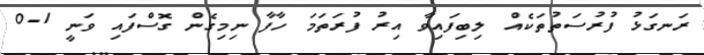
ރަނގަޅު ފުރުސަތުތަކެއް ލިބިފައިވާ އިރު ފުރަތަމަ ހާފާ ނިމިގެން ގޮސްފައި ވަނީ 1-0